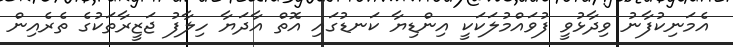
އެމަނިކުފާނު ވިދާޅުވީ ފުވައްމުލަކަކީ އިންޑިޔާ ކަނޑުގައި އޮތް އާދަޔާ ހިލާފު ޖަޒީރާތަކުގެ ތެރެއިން